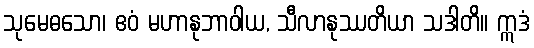
သုမေဓသော၊ ဧဝံ မဟာနုဘာဝါယ, သီလာနုဿတိယာ သဒါတိ။ ဣဒံ